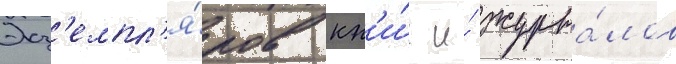
Экз'емпл'я́ров кн'и́г и́ журна́лов